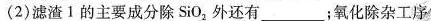
(2)滤渣1的主要成分除SiO_{2}外还有___；氧化除杂工序